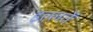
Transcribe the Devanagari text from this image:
इल्लतें